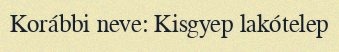
Korábbi neve: Kisgyep lakótelep